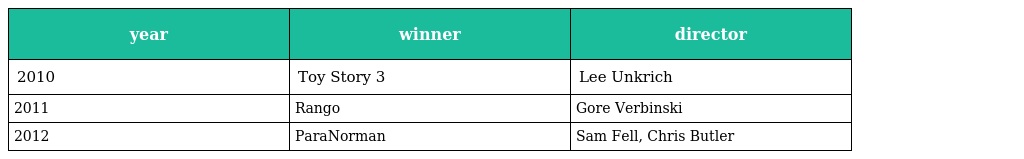
| year | winner | director |
 | --- | --- | --- |
 | 2010 | Toy Story 3 | Lee Unkrich |
 | 2011 | Rango | Gore Verbinski |
 | 2012 | ParaNorman | Sam Fell, Chris Butler |